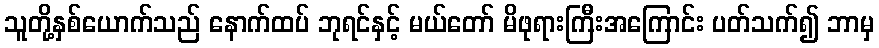
သူတို့နှစ်ယောက်သည် နောက်ထပ် ဘုရင်နှင့် မယ်တော် မိဖုရားကြီးအကြောင်း ပတ်သက်၍ ဘာမှ